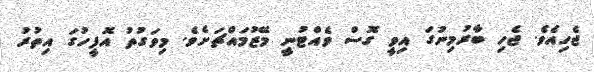
ޖެހިއެވެ. ޖެހި ބާރުމިނުގަ އިވީ ގޮސް ވެއްޓުނީ މޭޒުމައްޗަށެވެ. މިވަގުތު އޮފީހުގަ އިތުރު